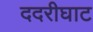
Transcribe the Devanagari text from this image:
ददरीघाट